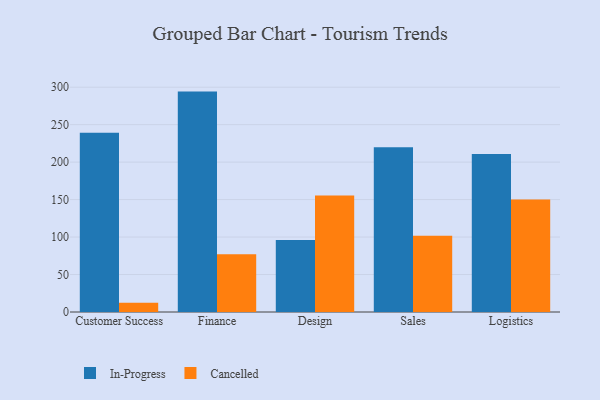
{"axis": {"x": "Department", "y": "Customer Acquisition Cost (USD)"}, "legend": ["Cancelled", "In-Progress"], "data": [{"x": "Customer Success", "y": 239.2, "type": "In-Progress"}, {"x": "Customer Success", "y": 12.3, "type": "Cancelled"}, {"x": "Finance", "y": 294.1, "type": "In-Progress"}, {"x": "Finance", "y": 77.2, "type": "Cancelled"}, {"x": "Design", "y": 96.1, "type": "In-Progress"}, {"x": "Design", "y": 155.4, "type": "Cancelled"}, {"x": "Sales", "y": 219.8, "type": "In-Progress"}, {"x": "Sales", "y": 101.9, "type": "Cancelled"}, {"x": "Logistics", "y": 211.0, "type": "In-Progress"}, {"x": "Logistics", "y": 150.2, "type": "Cancelled"}]}